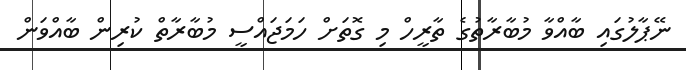
ނޭޕާލުގައި ބާއްވާ މުބާރާތުގެ ތާރީހް މި ގޮތަށް ހަމަޖައްސީ މުބާރާތް ކުރިން ބާއްވަން